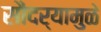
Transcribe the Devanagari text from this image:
सौदर्यामुळे